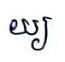
យ្យ